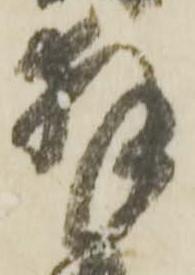
拝